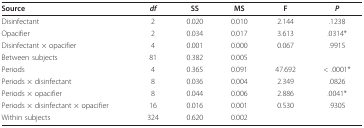
| Source | df | SS | MS | F | P |
 | --- | --- | --- | --- | --- | --- |
 | Disinfectant | 2 | 0.020 | 0.010 | 2.144 | .1238 |
 | Opacifier | 2 | 0.034 | 0.017 | 3.613 | .0314* |
 | Disinfectant × opacifier | 4 | 0.001 | 0.000 | 0.067 | .9915 |
 | Between subjects | 81 | 0.382 | 0.005 |  |  |
 | Periods | 4 | 0.365 | 0.091 | 47.692 | < .0001* |
 | Periods × disinfectant | 8 | 0.036 | 0.004 | 2.349 | .0826 |
 | Periods × opacifier | 8 | 0.044 | 0.006 | 2.886 | .0041* |
 | Periods × disinfectant × opacifier | 16 | 0.016 | 0.001 | 0.530 | .9305 |
 | Within subjects | 324 | 0.620 | 0.002 |  |  |